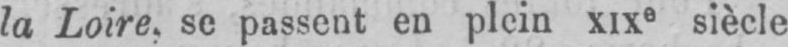
la Loire, se passent en plein XIXe siècle